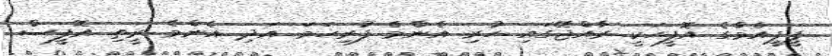
ޕީޕީއެމްގެ އޮފީހަކީ ރާއްޖޭގައި ހުރި އެންމެ ފުރިހަމަ އަދި އެންމެ ރީތި އޮފީސް